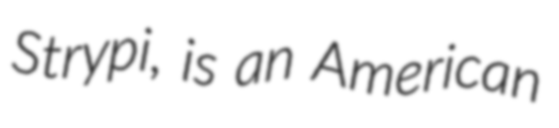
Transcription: Strypi, is an American